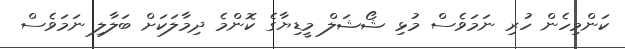
ކަންމިހެން ހުރި ނަމަވެސް މުޅި ޝޯޝަލް މީޑިޔާގެ ކޮންމެ ދިމާލަކަށް ބަލާލި ނަމަވެސް